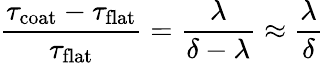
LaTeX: \frac{\tau_{\mathrm{coat}}-\tau_{\mathrm{flat}}}{\tau_{\mathrm{flat}}}=\frac{\lambda}{\delta-\lambda}\approx\frac{\lambda}{\delta}